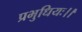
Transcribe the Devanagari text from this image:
प्रभुधियः।।